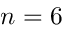
n = 6